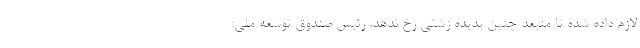
لازم داده شده تا منبعد چنین پدیده زشتی رخ ندهد. رئیس صندوق توسعه ملی: